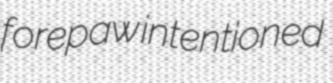
forepaw intentioned